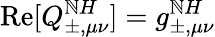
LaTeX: \operatorname{Re}[Q_{\pm,\mu\nu}^{\mathbb{N}H}]=g_{\pm,\mu\nu}^{\mathbb{N}H}